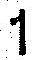
1